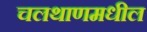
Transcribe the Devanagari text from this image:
चलथाणमधील